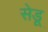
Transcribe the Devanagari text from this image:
सेडू